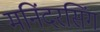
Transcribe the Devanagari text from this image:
मनिंदरसिंग